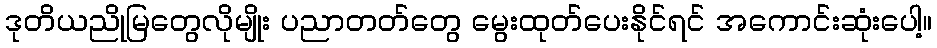
ဒုတိယညိုမြတွေလိုမျိုး ပညာတတ်တွေ မွေးထုတ်ပေးနိုင်ရင် အကောင်းဆုံးပေါ့။